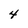
Character: 4